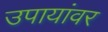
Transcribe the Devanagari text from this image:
उपायांवर